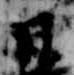
日